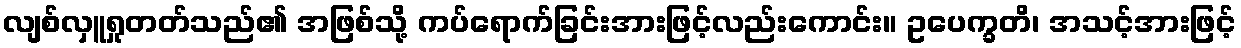
လျစ်လှူရှုတတ်သည်၏ အဖြစ်သို့ ကပ်ရောက်ခြင်းအားဖြင့်လည်းကောင်း။ ဥပေက္ခတိ၊ အသင့်အားဖြင့်